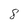
Character: 8